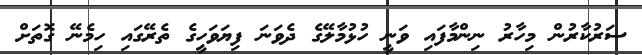
ސަރުކާރުން މިހާރު ނިންމާފައި ވަނީ ހުޅުމާލޭގެ ދެވަނަ ފިޔަވަހީގެ ތެރޭގައި ހިމެނޭ ގޮތަށް